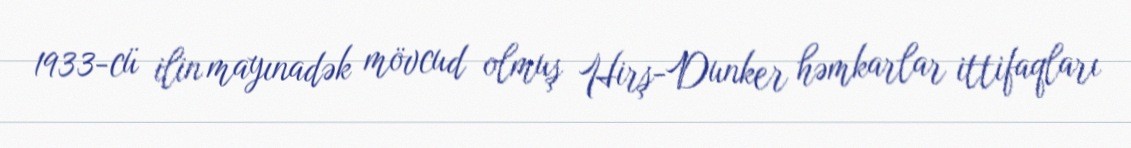
1933-cü ilin mayınadək mövcud olmuş Hirş-Dunker həmkarlar ittifaqları